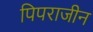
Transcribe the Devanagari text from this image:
पिपराजीन